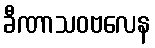
ခီဏာသဝဗလေန